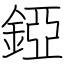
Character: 錏